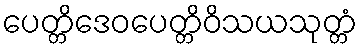
ပေတ္တိဒေဝပေတ္တိဝိသယသုတ္တံ